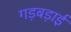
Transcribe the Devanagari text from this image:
गड़बड़ाई